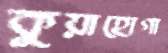
কুয়াহোগা